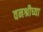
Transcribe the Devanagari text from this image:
वनश्रीच्या